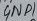
Text: GND1